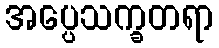
အပ္ပေသက္ခတရာ